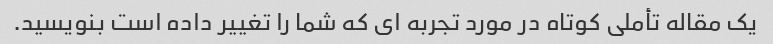
یک مقاله تأملی کوتاه در مورد تجربه ای که شما را تغییر داده است بنویسید.